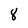
Character: 8